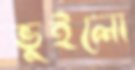
ভুইলো